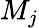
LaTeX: M_{j}